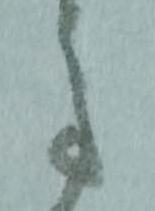
事